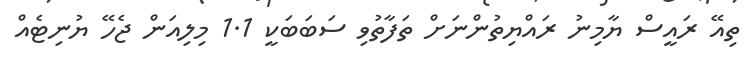
ތިއޭ ރައީސް ޔާމިނު ރައްޔިތުންނަށް ތަފާތުވި ސަބަބަކީ 1.1 މިލިއަން ޖެހޭ ޔުނިޓެއް